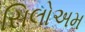
સિલોઅમ